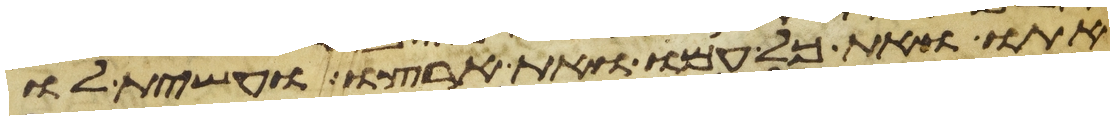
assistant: אתו ואת כל עמו ואת ארצו ועשית לו